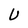
Character: U